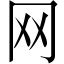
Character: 网